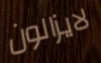
لايزالون